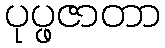
ပုပ္ဖဇာတာ